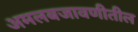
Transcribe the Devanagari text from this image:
अमलबजावणीतील